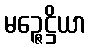
မဉ္ဇေဋ္ဌိယာ